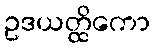
ဥဒယတ္ထိကော